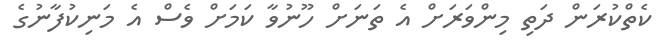
ކެތްކުރަން ދަތި މިންވަރަށް އެ ތަނަށް ހޫނުވާ ކަމަށް ވެސް އެ މަނިކުފާނުގެ